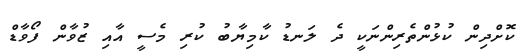
ކޮށްދިން ކުޅުންތެރިންނަކީ ދެ ލަނޑު ކާމިޔާބު ކުރި މެސީ އާއި ޒުވާން ފޯވާޑް